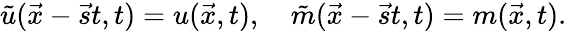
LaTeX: \tilde{u}(\vec{x}-\vec{s}t,t)=u(\vec{x},t),\quad\tilde{m}(\vec{x}-\vec{s}t,t)=m(\vec{x},t).